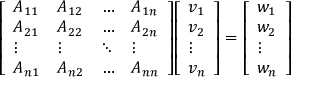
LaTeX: { \left[ \begin{array} { l l l l } { A _ { 1 1 } } & { A _ { 1 2 } } & { \ldots } & { A _ { 1 n } } \\ { A _ { 2 1 } } & { A _ { 2 2 } } & { \ldots } & { A _ { 2 n } } \\ { \vdots } & { \vdots } & { \ddots } & { \vdots } \\ { A _ { n 1 } } & { A _ { n 2 } } & { \ldots } & { A _ { n n } } \end{array} \right] } { \left[ \begin{array} { l } { v _ { 1 } } \\ { v _ { 2 } } \\ { \vdots } \\ { v _ { n } } \end{array} \right] } = { \left[ \begin{array} { l } { w _ { 1 } } \\ { w _ { 2 } } \\ { \vdots } \\ { w _ { n } } \end{array} \right] }